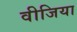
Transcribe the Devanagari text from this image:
वीजिया